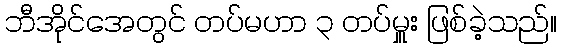
ဘီအိုင်အေတွင် တပ်မဟာ ၃ တပ်မှူး ဖြစ်ခဲ့သည်။